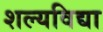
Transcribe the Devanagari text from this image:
शल्यविद्या